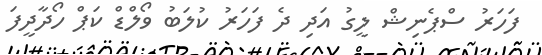
ފަހަރު ސްޕެނިޝް ލީގު އަދި ދެ ފަހަރު ކުލަބު ވޯލްޑް ކަޕް ހޯދާދީފަ